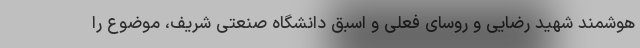
هوشمند شهید رضایی و روسای فعلی و اسبق دانشگاه صنعتی شریف، موضوع را